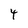
Character: 4